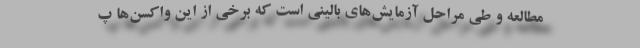
مطالعه و طی مراحل آزمایش‌های بالینی است که برخی از این واکسن‌ها پ